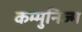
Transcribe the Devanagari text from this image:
कम्मुनिज्म